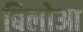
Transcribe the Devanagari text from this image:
बिलोआ